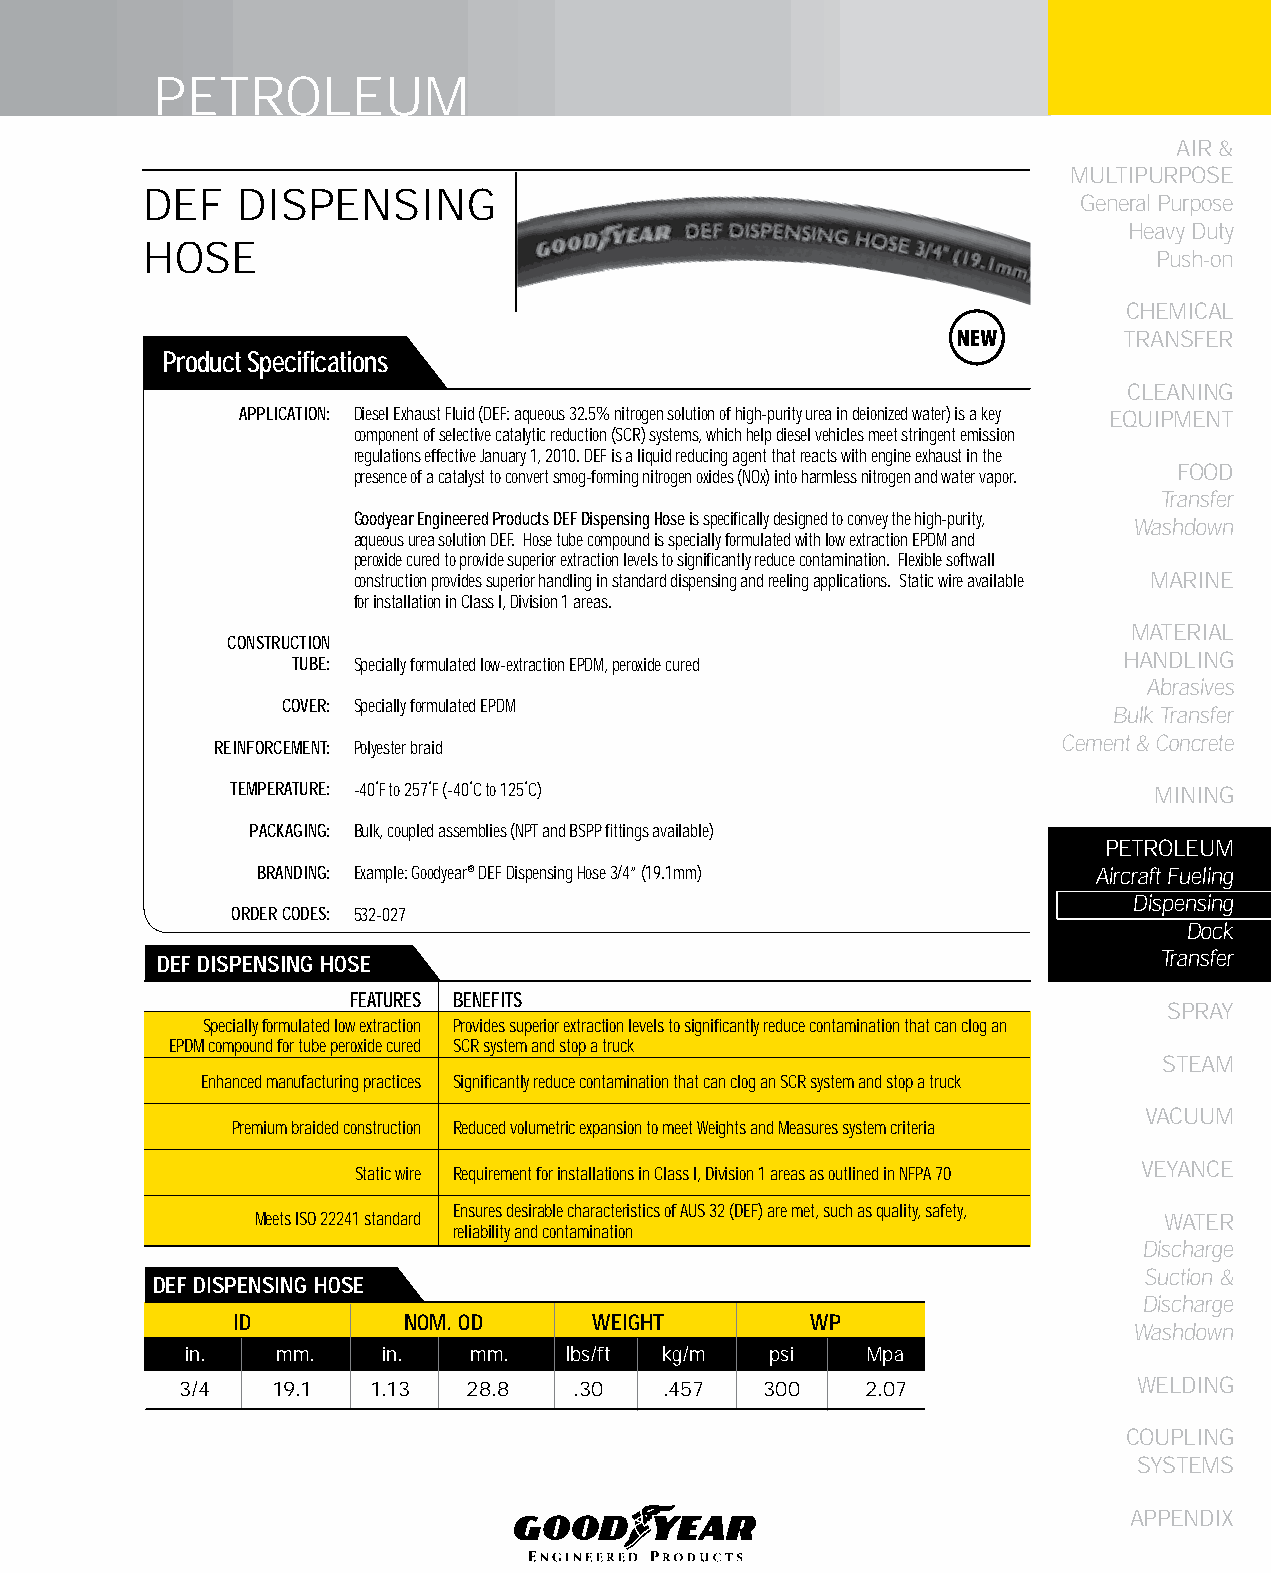
PETROLEUM
 AIR &
 MULTIPURPOSE
 DEF   DISPENSING
 General Purpose
 Heavy Duty
 HOSE
 Push-on
 CHEMICAL
 TRANSFER
 Product Specifications
 CLEANING
 APPLICATION: Diesel Exhaust Fluid (DEF: aqueous 32.5% nitrogen solution of high-purity urea in deionized water) is a key EqUIPMENT
 component of selective catalytic reduction (SCR) systems, which help diesel vehicles meet stringent emission
 regulations effective January 1, 2010. DEF is a liquid reducing agent that reacts with engine exhaust in the
 FOOD
 presence of a catalyst to convert smog-forming nitrogen oxides (NOx) into harmless nitrogen and water vapor.
 Transfer
 Goodyear Engineered Products DEF Dispensing Hose is specifically designed to convey the high-purity,
 Washdown
 aqueous urea solution DEF. Hose tube compound is specially formulated with low extraction EPDM and
 peroxide cured to provide superior extraction levels to significantly reduce contamination. Flexible softwall
 construction provides superior handling in standard dispensing and reeling applications. Static wire available MARINE
 for installation in Class I, Division 1 areas.
 MATERIAL
 CONSTRUCTION
 TUBE: Specially formulated low-extraction EPDM, peroxide cured HANDLING
 Abrasives
 COVER: Specially formulated EPDM
 Bulk Transfer
 Cement & Concrete
 REINFORCEMENT: Polyester braid
 TEMPERATURE: -40°F to 257°F (-40°C to 125°C)                 MINING
 PACKAGING: Bulk, coupled assemblies (NPT and BSPP fittings available)
 PETROLEUM
 BRANDING: Example: Goodyear® DEF Dispensing Hose 3/4” (19.1mm) Aircraft Fueling
 Dispensing
 ORDER CODES: 532-027
 Dock
 DEf DISPENSING HOSE                                                Transfer
 FEATURES BENEFITS
 SPRAY
 Specially formulated low extraction Provides superior extraction levels to significantly reduce contamination that can clog an
 EPDM compound for tube peroxide cured SCR system and stop a truck
 STEAM
 Enhanced manufacturing practices Significantly reduce contamination that can clog an SCR system and stop a truck
 VACUUM
 Premium braided construction Reduced volumetric expansion to meet Weights and Measures system criteria
 Static wire Requirement for installations in Class I, Division 1 areas as outlined in NFPA 70 VEYANCE
 Ensures desirable characteristics of AUS 32 (DEF) are met, such as quality, safety,
 Meets ISO 22241 standard                                    WATER
 reliability and contamination
 Discharge
 Suction &
 DEf DISPENSING HOSE
 Discharge
 ID         NOM. OD     WEIGHT         WP
 Washdown
 in.   mm.    in.   mm.   lbs/ft kg/m   psi   Mpa
 3/4   19.1   1.13  28.8   .30   .457   300   2.07              WELDING
 COUPLING
 SYSTEMS
 APPENDIX
 163